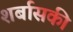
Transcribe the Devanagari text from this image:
शर्बासकी